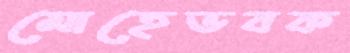
মোহেভবক